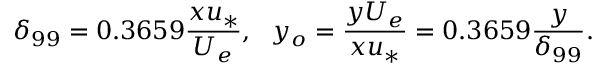
\delta _ { 9 9 } = 0 . 3 6 5 9 \frac { x u _ { * } } { U _ { e } } , \ \ y _ { o } = \frac { y U _ { e } } { x u _ { * } } = 0 . 3 6 5 9 \frac { y } { \delta _ { 9 9 } } .